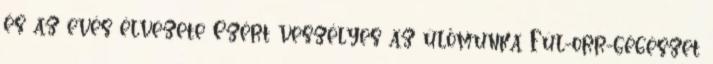
és az evés élvezete Ezért veszélyes az ülőmunka Fül-orr-gégészet